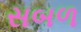
સબળ